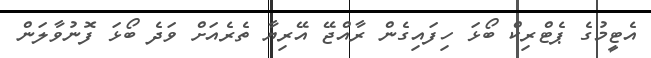
އެޓީމުގެ ޕެޓްރިކް ބޯޅަ ހިފައިގެން ރާއްޖޭ އޭރިޔާ ތެރެއަށް ވަދެ ބޯޅަ ފޮނުވާލަން